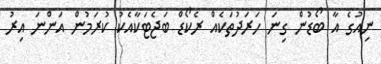
ނިއުގެ އާ ބޯޑުން ގިނަ ހަރަދުތަކެއް ރެކޯޑް ބަޖެޓަކާއެކު ކުރަމުން އަންނަ އިރު